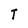
Character: T